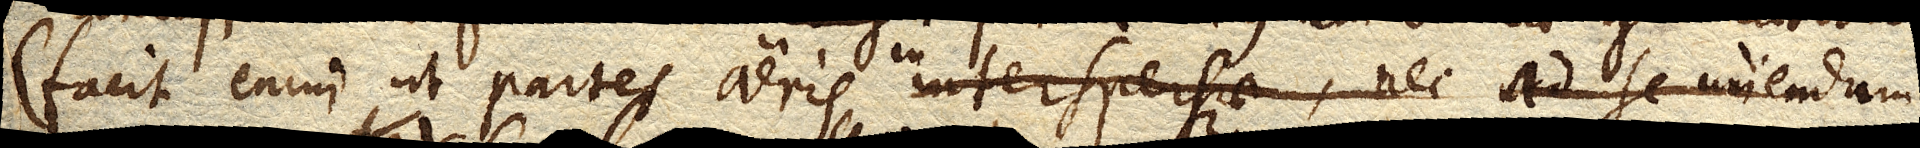
(facit enim, ut partes aeris interspersae, nec ad se uniendum